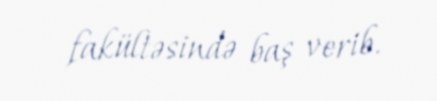
fakültəsində baş verib.